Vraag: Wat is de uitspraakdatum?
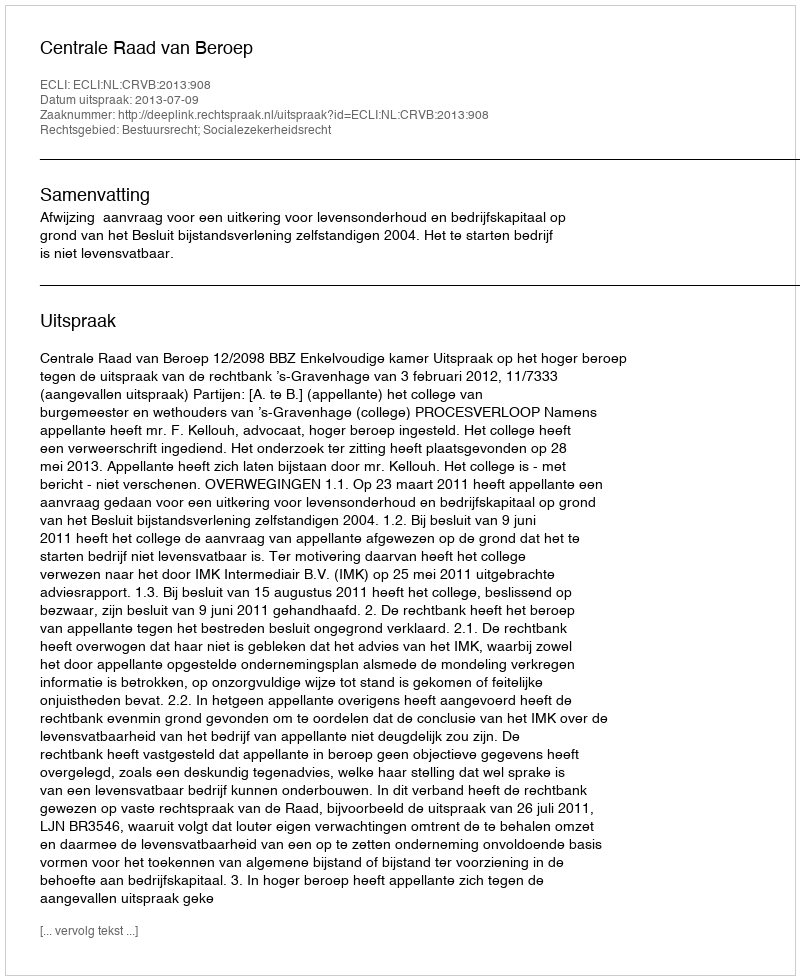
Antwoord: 2013-07-09